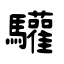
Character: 驩